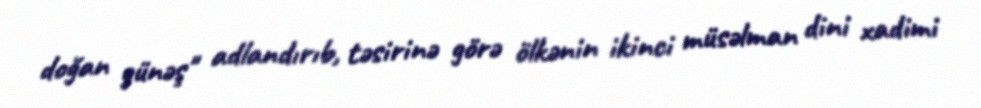
doğan günəş" adlandırıb, təsirinə görə ölkənin ikinci müsəlman dini xadimi